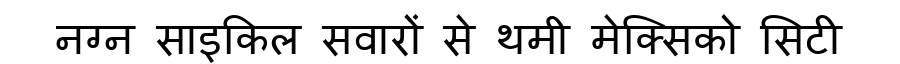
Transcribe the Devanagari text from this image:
नग्न साइकिल सवारों से थमी मेक्सिको सिटी